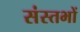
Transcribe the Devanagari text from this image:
संस्तभों